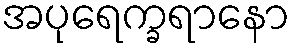
အပုရေက္ခရာနော